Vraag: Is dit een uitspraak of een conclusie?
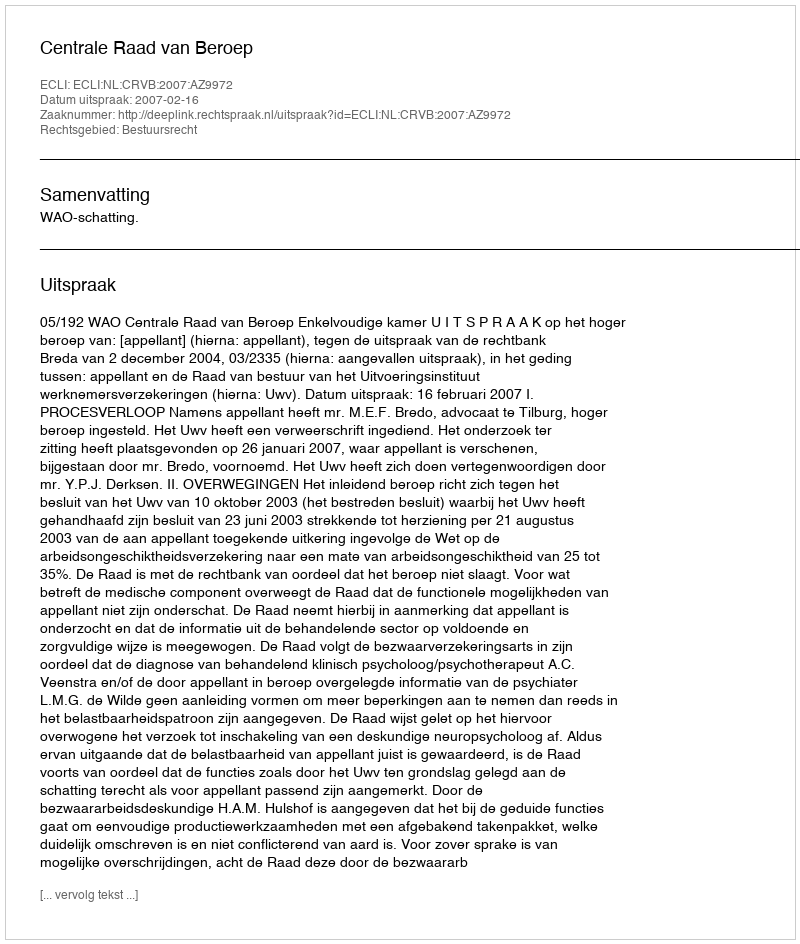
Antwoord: Uitspraak